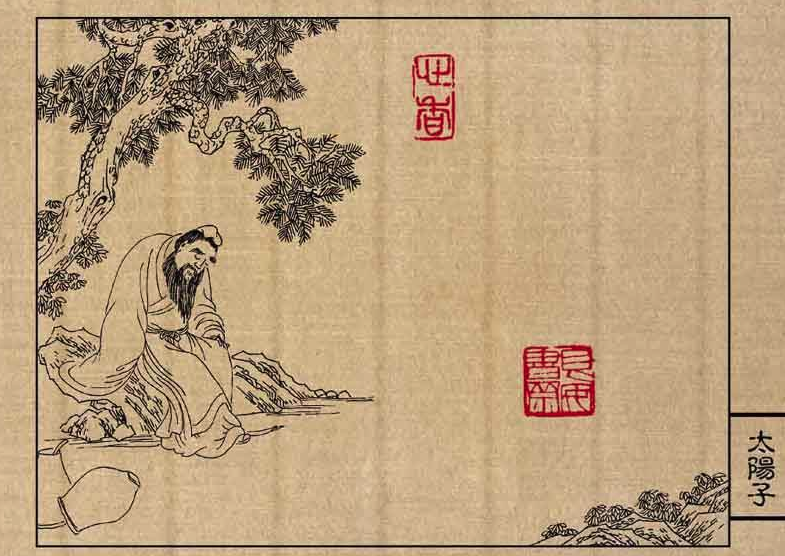
未追赤松子，且泛黄菊英。